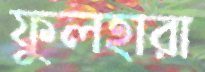
ফুলহারা